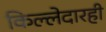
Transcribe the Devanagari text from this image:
किल्लेदारही